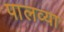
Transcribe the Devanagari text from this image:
पालव्या